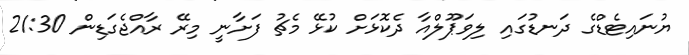
ޔުނައިޓެޑްގެ ދަނޑުގައި ލިވަޕޫލްއާ ދެކޮޅަށް ކުޅޭ މެޗު ފަށާނީ މިރޭ ރާއްޖެގަޑިން 21:30